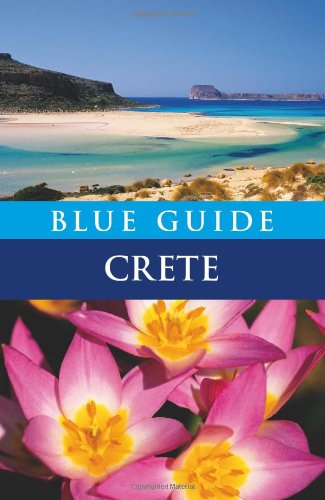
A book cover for Blue Guide Crete (Eighth Edition)  (Blue Guides); Blue Guides; Travel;